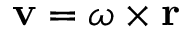
\mathbf { v } = { \boldsymbol { \omega } } \times \mathbf { r }